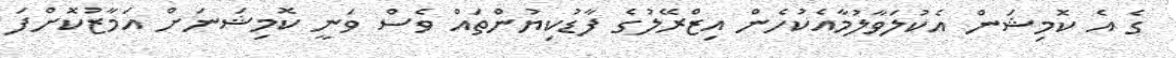
ގެ އެ ކޮމިޝަން އެކުލަވާލުމާއެކުހެން އިޒްރޭލުގެ ފާޑުކިޔުންތައް ވެސް ވަނީ ކޮމިޝަނަށް އަމާޒުކޮށްފަ